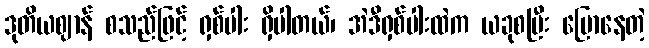
ဒုတိယဈာန် စသည်ဖြင့် ရှစ်ပါး ရှိပါတယ်၊ အဲဒီရှစ်ပါးထဲက ယခုစပြီး ပြောနေတဲ့